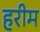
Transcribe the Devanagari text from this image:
हरीम